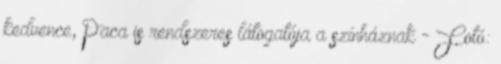
kedvence, Paca is rendszeres látogatója a színháznak - Fotó: